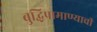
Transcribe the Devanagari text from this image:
बुद्धिप्रामाण्याची